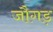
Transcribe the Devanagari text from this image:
जौगड़